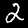
Digit: 2